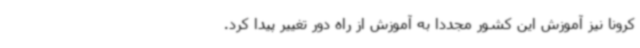
کرونا نیز آموزش این کشور مجددا به آموزش از راه دور تغییر پیدا کرد.